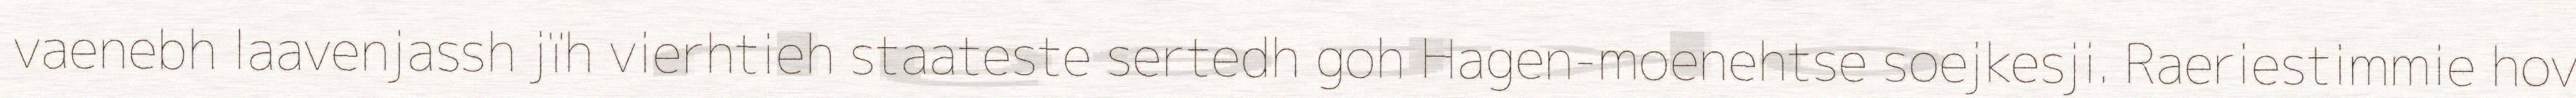
vaenebh laavenjassh jïh vierhtieh staateste sertedh goh Hagen-moenehtse soejkesji. Raeriestimmie hov